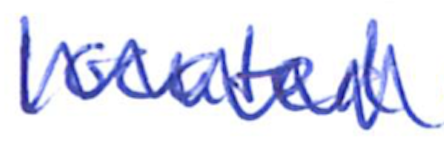
Text: located
Cross-out: zig-zag
Writing tool: ballpoint